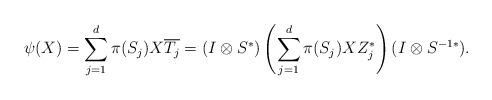
LaTeX: \begin{align*}\psi(X) = \sum_{j=1}^d \pi(S_j) X \overline{T_j} = (I \otimes S^*) \left(\sum_{j=1}^d \pi(S_j) X Z_j^* \right) (I \otimes S^{-1 *}).\end{align*}